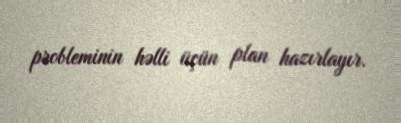
probleminin həlli üçün plan hazırlayır.